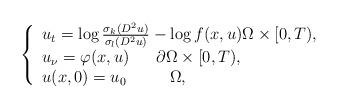
LaTeX: \begin{align*} \left\{ \begin{array}{l}u_t= \log\frac{\sigma _k (D^2 u)}{\sigma _l (D^2 u)} - \log{f(x,u)} \Omega \times[0,T),\\u_\nu = \varphi(x,u)\ \ \ \ \ \partial \Omega\times[0,T),\\u(x,0)=u_0 \qquad \ \ \Omega, \end{array}\right.\end{align*}